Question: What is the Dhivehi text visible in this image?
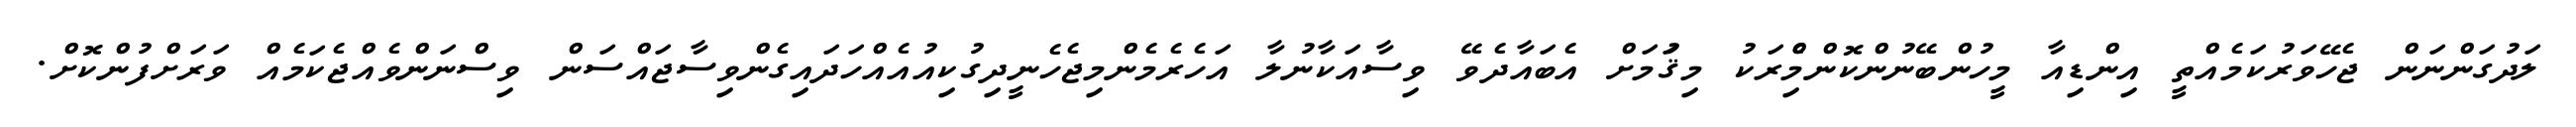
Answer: ލަދުގަންނަން ޖެހޭވަރުކަމެއްތީ އިންޑިއާ މީހުންބޭނުންކޮންމެްިރަކު މިޤަުމަށް އެބައާދެވޭ ވިސާއަކާނުލާ އަހެރެމެންމިޖެހެނީދިގުކިއުއެއްހަދައިގެންވިސާޖައްސަން ވިސްނަންވެއްޖެކަމެއް ވަރަށްފުންކޮށް.